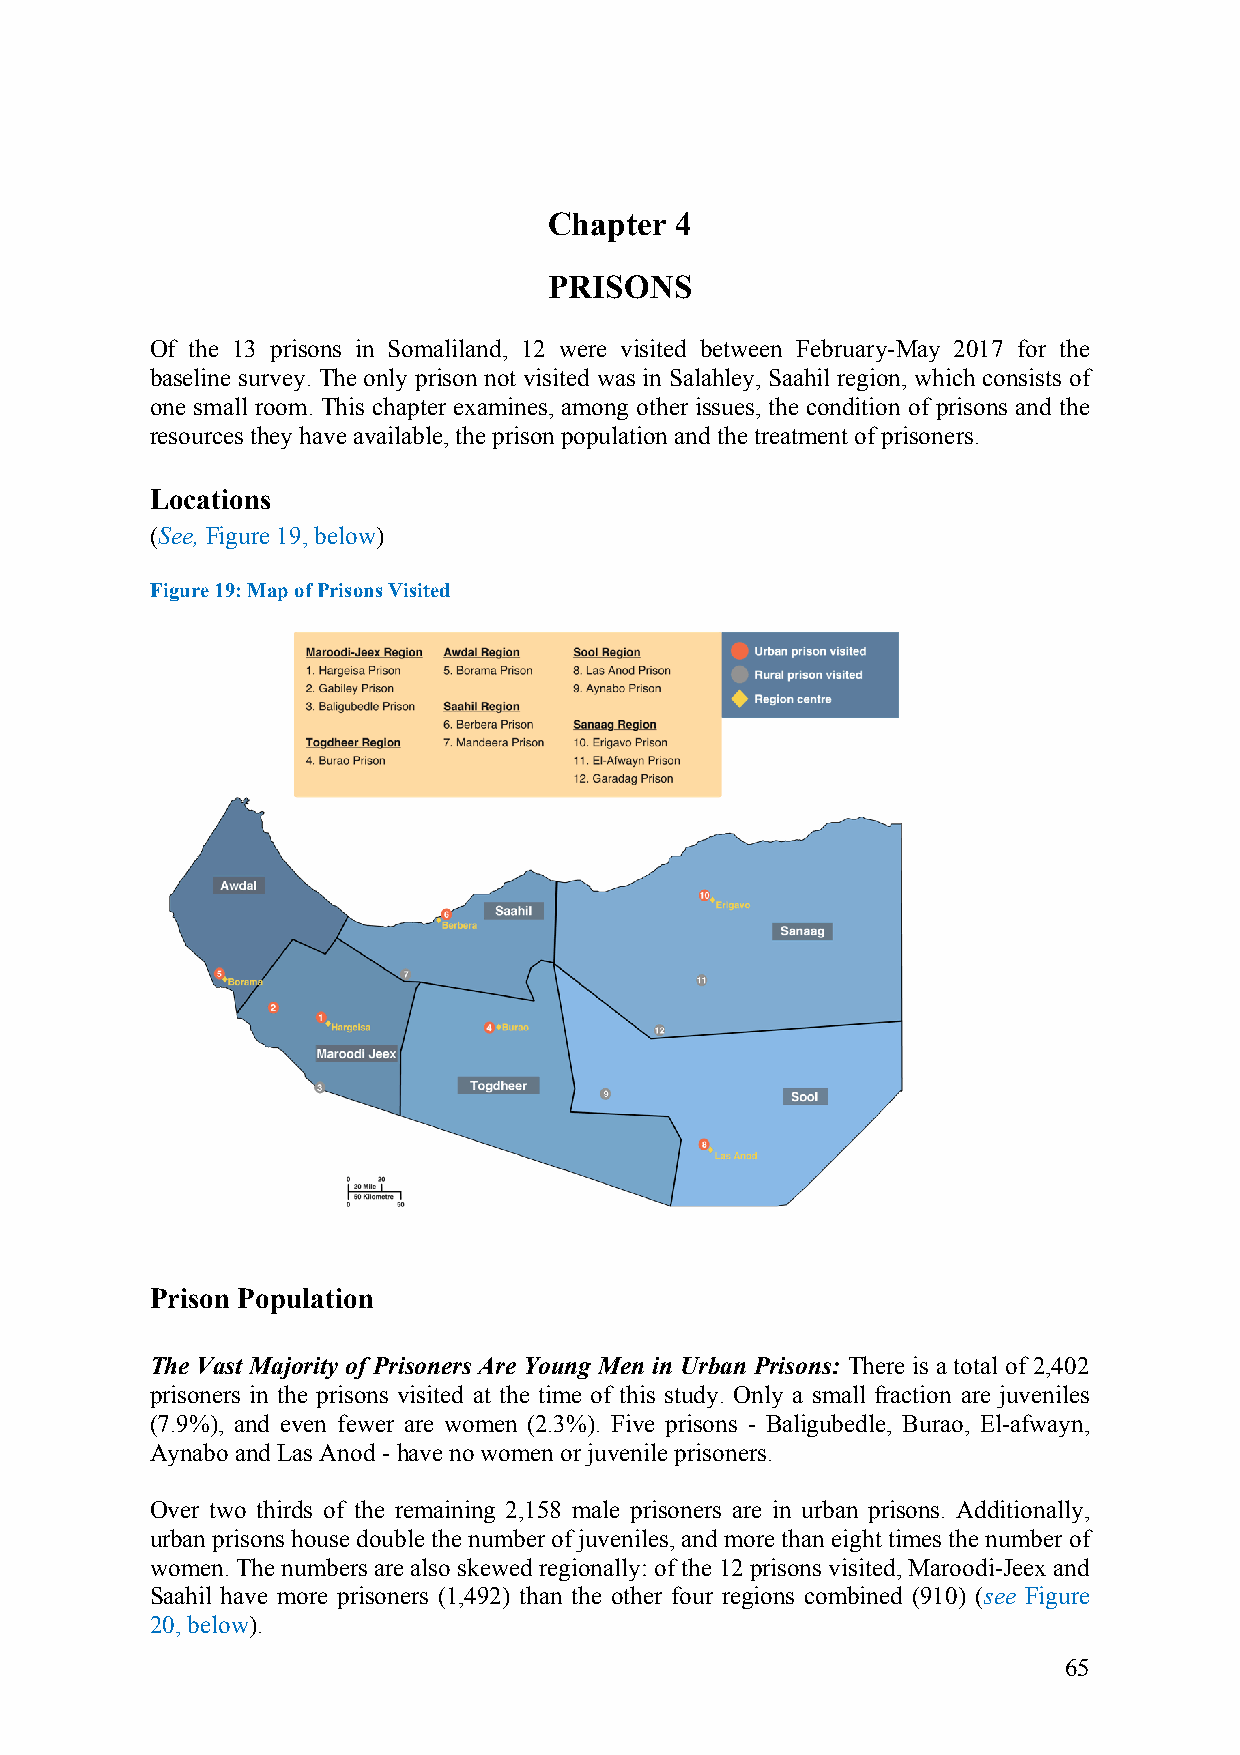
Chapter  4
 PRISONS
 Of the 13 prisons in Somaliland, 12 were visited between February-May 2017 for the
 baseline survey. The only prison not visited was in Salahley, Saahil region, which consists of
 one small room. This chapter examines, among other issues, the condition of prisons and the
 resources they have available, the prison population and the treatment of prisoners.
 Locations
 (See, Figure 19, below)
 Figure 19: Map of Prisons Visited
 Prison Population
 The Vast Majority of Prisoners Are Young Men in Urban Prisons: There is a total of 2,402
 prisoners in the prisons visited at the time of this study. Only a small fraction are juveniles
 (7.9%), and even fewer are women (2.3%). Five prisons - Baligubedle, Burao, El-afwayn,
 Aynabo and Las Anod - have no women or juvenile prisoners.
 Over two thirds of the remaining 2,158 male prisoners are in urban prisons. Additionally,
 urban prisons house double the number of juveniles, and more than eight times the number of
 women. The numbers are also skewed regionally: of the 12 prisons visited, Maroodi-Jeex and
 Saahil have more prisoners (1,492) than the other four regions combined (910) (see Figure
 20, below).
 65